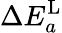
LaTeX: \Delta E_{a}^{\mathrm{L}}